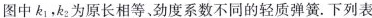
图中k_{1}，k_{2}为原长相等、劲度系数不同的轻质弹簧.下列表